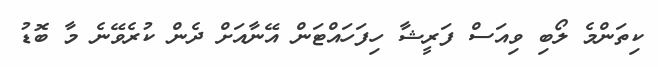
ކިތަންމެ ލޯބި ވިއަސް ފަރީޝާ ހިފަހައްޓަން އޭނާއަށް ދެން ކުރެވޭނެ މާ ބޮޑު